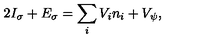
2 I _ { \sigma } + E _ { \sigma } = \sum _ { i } V _ { i } n _ { i } + V _ { \psi } ,